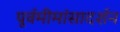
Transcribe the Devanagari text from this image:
पूर्वमीमांसादर्शन